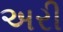
અરી